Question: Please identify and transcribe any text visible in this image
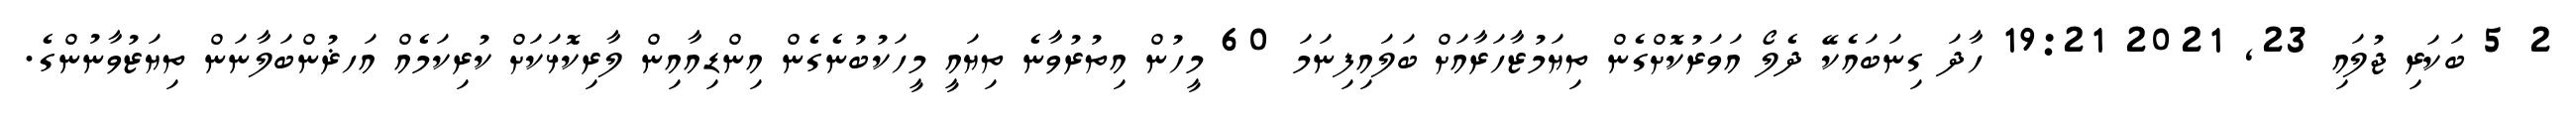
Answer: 2 5 ބަކަރި ޖުލައި 23, 2021 19:21 ހާދަ ގިނަބައެކޭ ދެލޯ އަވަރުކޮށްގެން ތިޔަމުޒާހަރާއަށް ބަލައިފިނަމަ 60 މީހުން އިތުރުވާނެ ތިޔައީ މީހަކުބުނެގެން އިންޑިއާއިން ލާރިކޮޅަކަށް ކުރިކަމެއް އަހޜުންބަލާނަން ތިޔަޒުވާނުންގެ.